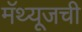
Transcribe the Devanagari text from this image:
मॅथ्यूजची